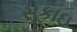
સૂકાઇ